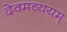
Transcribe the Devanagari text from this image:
देवमव्ययम्